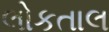
લોકતાલ